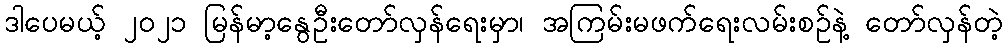
ဒါပေမယ့် ၂၀၂၁ မြန်မာ့နွေဦးတော်လှန်ရေးမှာ၊ အကြမ်းမဖက်ရေးလမ်းစဉ်နဲ့ တော်လှန်တဲ့